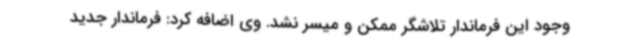
وجود این فرماندار تلاشگر ممکن و میسر نشد. وی اضافه کرد: فرماندار جدید